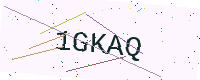
Text: 1GKAQ